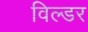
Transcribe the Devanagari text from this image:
विल्डर